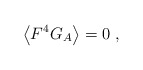
\begin{align*}\left\langle F^{4}G_{A}\right\rangle =0\;,\end{align*}